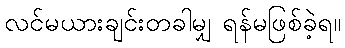
လင်မယားချင်းတခါမျှ ရန်မဖြစ်ခဲ့ရ။